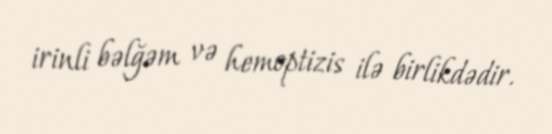
irinli bəlğəm və hemoptizis ilə birlikdədir.